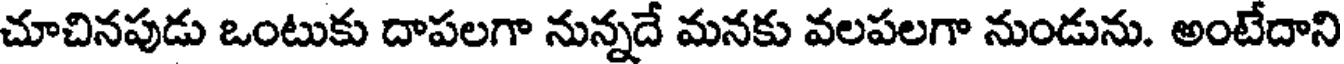
చూచినపుడు ఒంటుకు దాపలగా నున్నదే మనకు వలపలగా నుండును. అంటేదాని